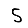
Digit: 5